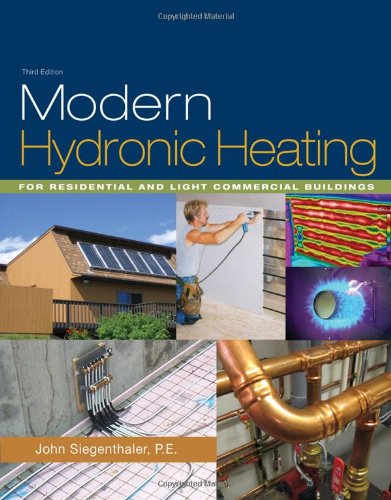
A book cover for Modern Hydronic Heating: For Residential and Light Commercial Buildings (Go Green with Renewable Energy Resources); John Siegenthaler; Engineering & Transportation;